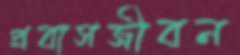
প্রবাসজীবন